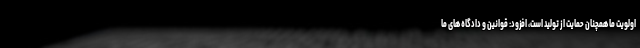
اولویت ما همچنان حمایت از تولید است، افزود: قوانین و دادگاه های ما